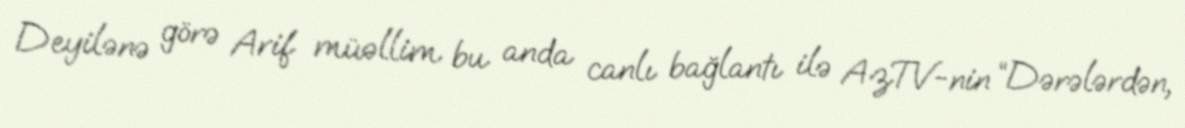
Deyilənə görə Arif müəllim bu anda canlı bağlantı ilə AzTV-nin “Dərələrdən,